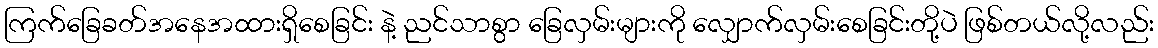
ကြက်ခြေခတ်အနေအထားရှိစေခြင်း နဲ့ ညင်သာစွာ ခြေလှမ်းများကို လျှောက်လှမ်းစေခြင်းတို့ပဲ ဖြစ်တယ်လို့လည်း